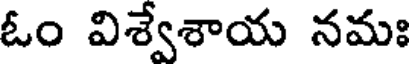
ఓం విశ్వేశాయ నమః